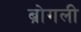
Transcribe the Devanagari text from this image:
ब्रोगली